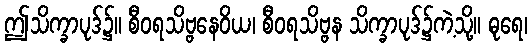
ဤသိက္ခာပုဒ်၌။ စီဝရသိဗ္ဗနေဝိယ၊ စီဝရသိဗ္ဗန သိက္ခာပုဒ်၌ကဲ့သို့။ ဓုရေ၊